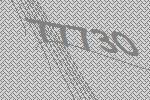
77730